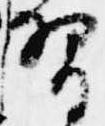
習